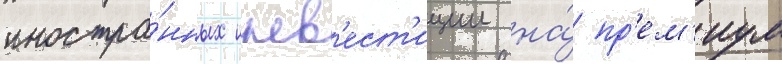
иностра́нных инв'ест'иции на́ пр'ем'иум